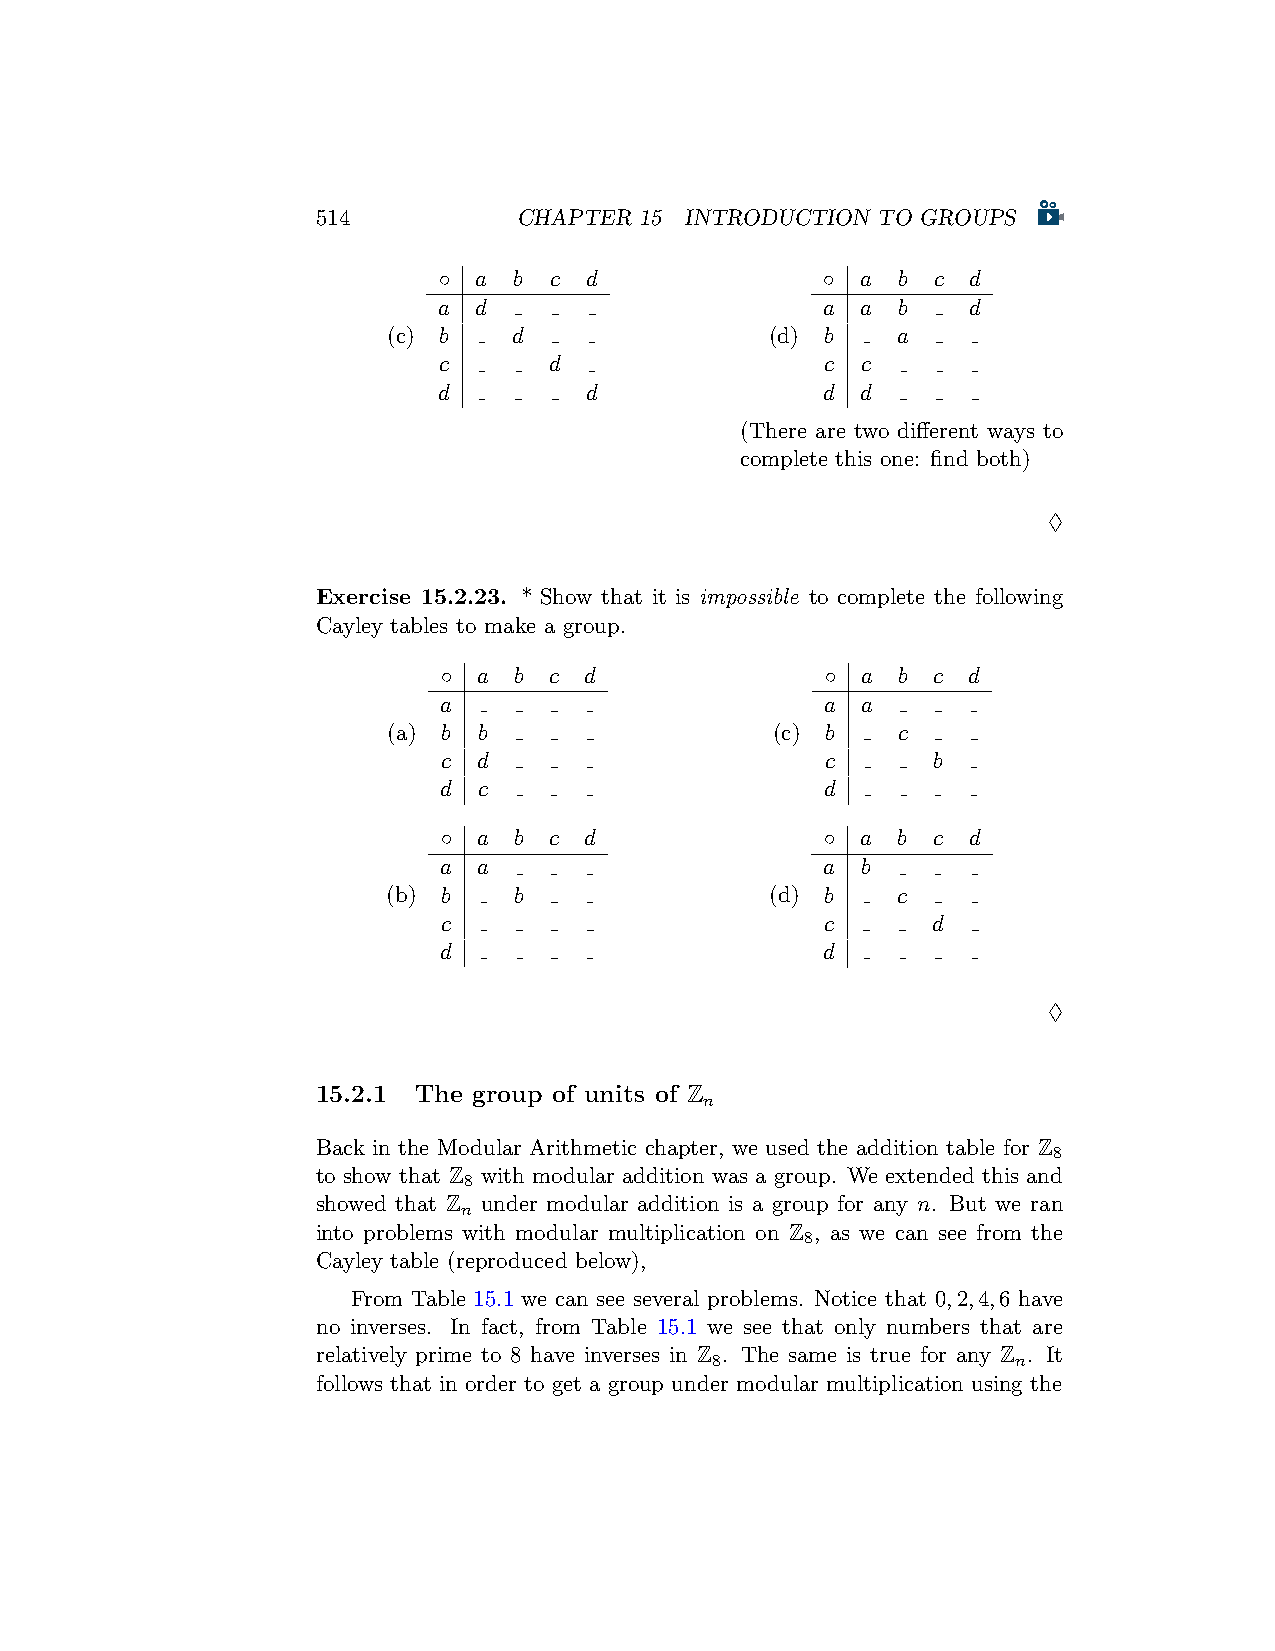
514          CHAPTER 15 INTRODUCTION TO GROUPS
 ◦ a  b c  d               ◦ a b  c d
 a d                      a  a b    d
 (c) b   d                (d) b   a
 c      d                  c c
 d         d               d d
 (There are two different ways to
 complete this one: find both)
 ♢
 Exercise 15.2.23. * Show that it is impossible to complete the following
 Cayley tables to make a group.
 ◦  a b c  d               ◦ a b  c d
 a                         a a
 (a) b b                  (c) b   c
 c  d                      c      b
 d  c                      d
 ◦  a b c  d               ◦ a b  c d
 a  a                      a b
 (b) b   b                (d) b   c
 c                         c      d
 d                         d
 ♢
 15.2.1 The group of units of Z
 n
 Back in the Modular Arithmetic chapter, we used the addition table for Z
 8
 to show that Z with modular addition was a group. We extended this and
 8
 showed that Z under modular addition is a group for any n. But we ran
 n
 into problems with modular multiplication on Z , as we can see from the
 8
 Cayley table (reproduced below),
 From Table 15.1 we can see several problems. Notice that 0,2,4,6 have
 no inverses. In fact, from Table 15.1 we see that only numbers that are
 relatively prime to 8 have inverses in Z . The same is true for any Z . It
 8                   n
 follows that in order to get a group under modular multiplication using the